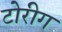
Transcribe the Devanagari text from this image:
टोरीग